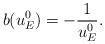
LaTeX: \begin{align*}b(u^0_E)=-\frac{1}{u^0_E}. \end{align*}